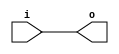
`timescale 1ns / 1ps
//////////////////////////////////////////////////////////////////////////////////
// Company: 
// Engineer: 
// 
// Design Name: 
// Module Name: Delay
// Project Name: 
// Target Devices: 
// Tool Versions: 
// Description: 
// 
// Dependencies: 
// 
// Revision:
// Revision 0.01 - File Created
// Additional Comments:
// 
//////////////////////////////////////////////////////////////////////////////////


module Delay(
    input i,
    output o
    );
    
    assign #10 o=i;
endmodule